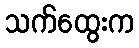
သက်ထွေးက